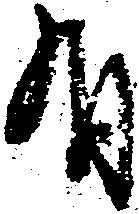
有